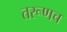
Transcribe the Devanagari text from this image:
तरूणच